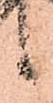
候